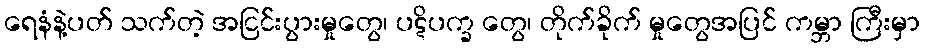
ရေနံနဲ့ပတ် သက်တဲ့ အငြင်းပွားမှုတွေ၊ ပဋိပက္ခ တွေ၊ တိုက်ခိုက် မှုတွေအပြင် ကမ္ဘာ ကြီးမှာ